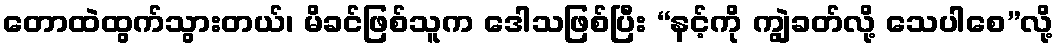
တောထဲထွက်သွားတယ်၊ မိခင်ဖြစ်သူက ဒေါသဖြစ်ပြီး “နင့်ကို ကျွဲခတ်လို့ သေပါစေ”လို့